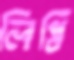
লিপ্তি